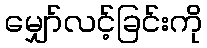
မျှော်လင့်ခြင်းကို